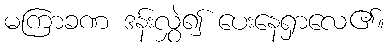
မကြာခဏ ဒန်းလွှဲ၍ ပေးနေရှာလေ၏။